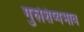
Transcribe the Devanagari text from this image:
गुरुशिष्यभाव